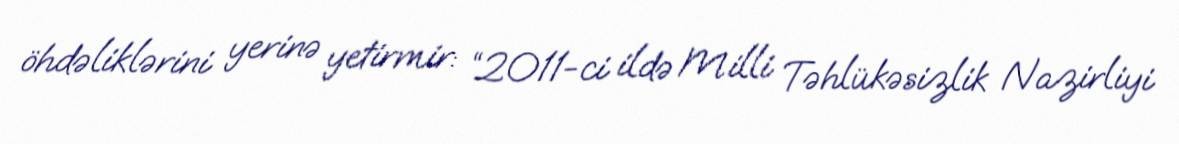
öhdəliklərini yerinə yetirmir: “2011-ci ildə Milli Təhlükəsizlik Nazirliyi